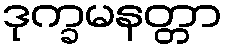
ဒုက္ခမနတ္တာ